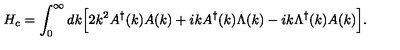
H _ { c } = \int _ { 0 } ^ { \infty } d k \Bigl [ 2 k ^ { 2 } A ^ { \dagger } ( k ) A ( k ) + i k A ^ { \dagger } ( k ) \Lambda ( k ) - i k \Lambda ^ { \dagger } ( k ) A ( k ) \Bigr ] .